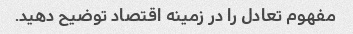
مفهوم تعادل را در زمینه اقتصاد توضیح دهید.